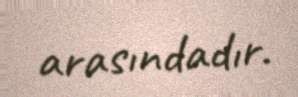
arasındadır.